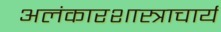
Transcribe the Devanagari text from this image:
अलंकारशास्त्राचार्य